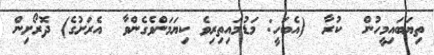
ތިޔަބައިމީހުން  ކުރާ  (އެބަހީ: މަޑުމައިތިރިވެ ކިޔަމަންވެގެންވާ  އެރަށުގެ) ދޮރޯށިން